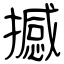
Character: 撼